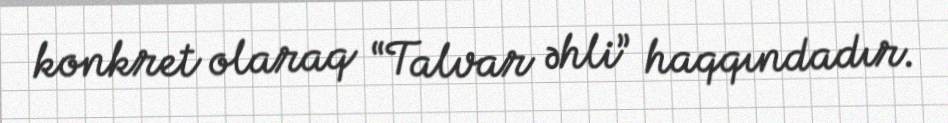
konkret olaraq “Talvar əhli” haqqındadır.